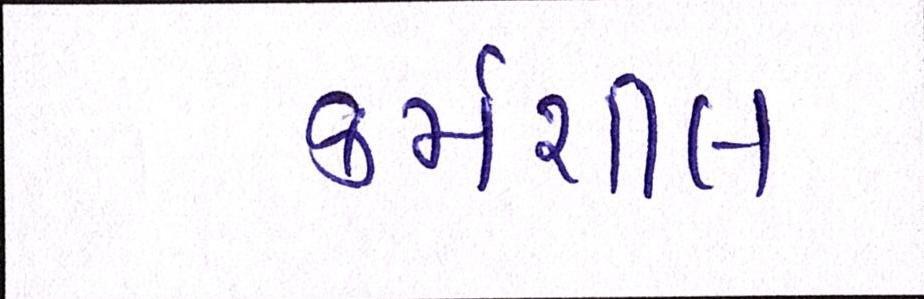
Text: કર્મશીલ